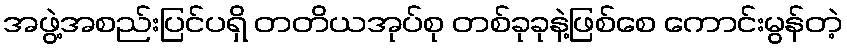
အဖွဲ့အစည်းပြင်ပရှိ တတိယအုပ်စု တစ်ခုခုနဲ့ဖြစ်စေ ကောင်းမွန်တဲ့